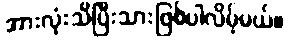
အားလုံးသိပြီးသားဖြစ်ပါလိမ့်မယ်။